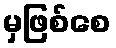
မှဖြစ်စေ